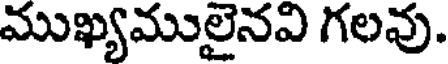
ముఖ్యములైనవి గలవు.